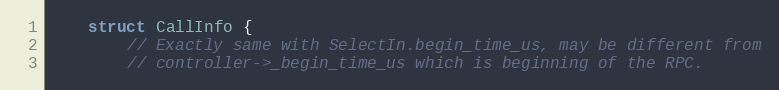
Language: C
    struct CallInfo {
        // Exactly same with SelectIn.begin_time_us, may be different from
        // controller->_begin_time_us which is beginning of the RPC.